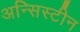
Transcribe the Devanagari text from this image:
अन्सिस्टीन